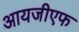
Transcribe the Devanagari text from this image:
आयजीएफ